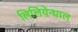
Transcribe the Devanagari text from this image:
लिलियेन्थाल